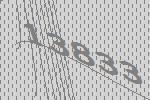
13833